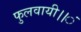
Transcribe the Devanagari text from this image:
फुलवायी।।ं